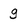
Character: g